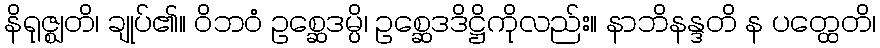
နိရုဇ္ဈတိ၊ ချုပ်၏။ ဝိဘဝံ ဥစ္ဆေဒမ္ပိ၊ ဥစ္ဆေဒဒိဋ္ဌိကိုလည်း။ နာဘိနန္ဒတိ န ပတ္ထေတိ၊